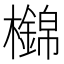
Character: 𣟡